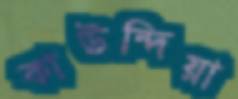
কাউন্দিয়া